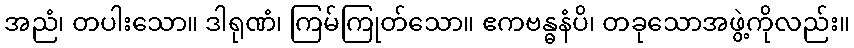
အညံ၊ တပါးသော။ ဒါရုဏံ၊ ကြမ်ကြုတ်သော။ ဧကဗန္ဓနံပိ၊ တခုသောအဖွဲ့ကိုလည်း။